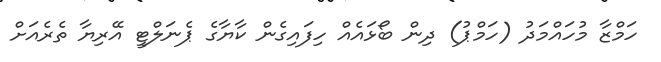
ހަމްޒާ މުހައްމަދު (ހަމްޕު) ދިން ބޯޅައެއް ހިފައިގެން ކާޔާގެ ޕެނަލްޓީ އޭރިޔާ ތެރެއަށް